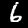
Digit: 6